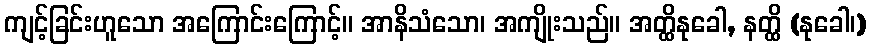
ကျင့်ခြင်းဟူသော အကြောင်းကြောင့်။ အာနိသံသော၊ အကျိုးသည်။ အတ္ထိနုခေါ, နတ္ထိ (နုခေါ၊)